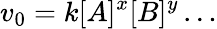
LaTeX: v_{0}=k[A]^{x}[B]^{y}\ldots